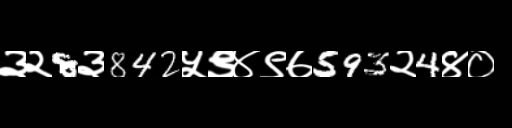
Text: ३२8३842५९४९७593२4४०